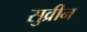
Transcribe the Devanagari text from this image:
सुव्रीन